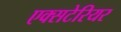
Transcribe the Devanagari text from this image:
एक्सटेरियर